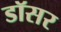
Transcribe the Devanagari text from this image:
डॉसर